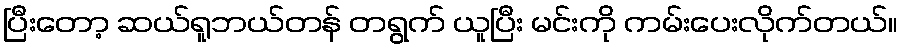
ပြီးတော့ ဆယ်ရူဘယ်တန် တရွက် ယူပြီး မင်းကို ကမ်းပေးလိုက်တယ်။